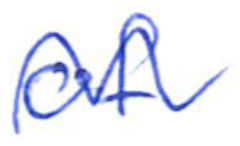
Text: of
Cross-out: mix
Writing tool: ballpoint